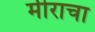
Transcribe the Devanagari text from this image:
मीराचा